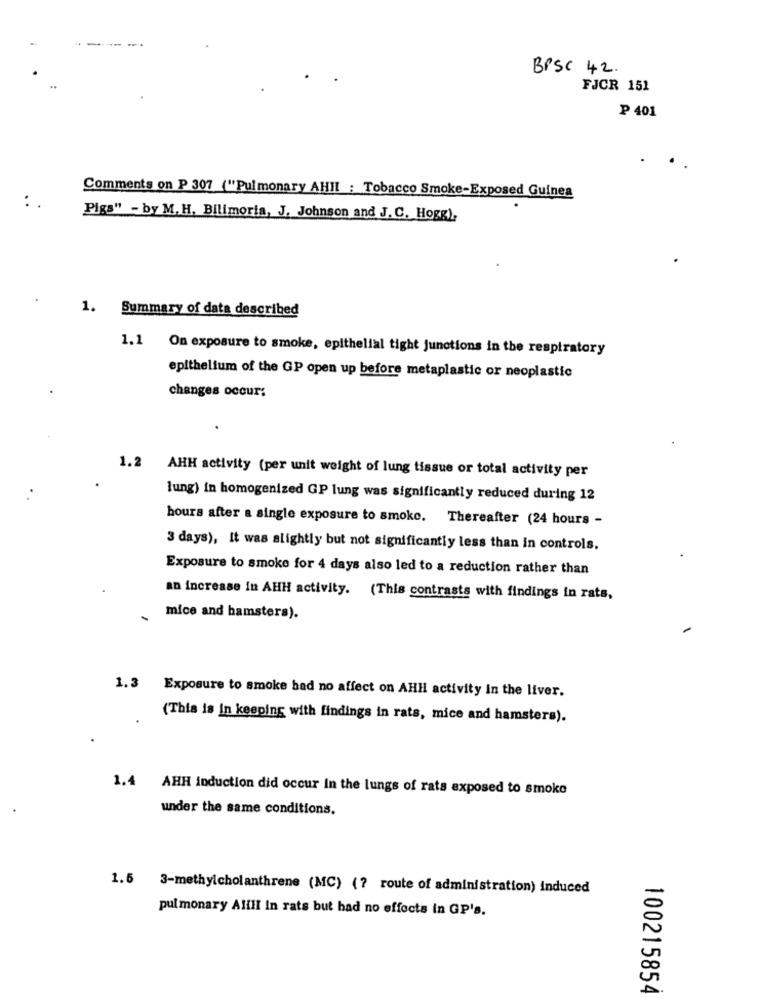
BPSc 42.
FJCR 151
₱ 401
Comments on P 307 ("Pulmonary AHII : Tobacco Smoke-Exposed Guinea
Pigs" - by M. H. Bilimoria, J. Johnson and J.C. Hogg),
1. Summary of data described
1.1 On exposure to smoke, epithelial tight junctions in the respiratory
epithelium of the GP open up before metaplastic or neoplastic
changes occur;
.
1.2
AHH activity (per unit weight of lung tissue or total activity per
lung) in homogenized GP lung was significantly reduced during 12
hours after a single exposure to smoke. Thereafter (24 hours -
3 days), It was alightly but not significantly less than in controls.
Exposure to smoke for 4 days also led to a reduction rather than
an increase in AHH activity. (This contrasts with findings in rats,
mice and hamsters).
1.3 Exposure to smoke had no affect on AHH activity In the liver.
(This is in keeping with findings in rats, mice and hamsters).
1.4
AHH induction did occur In the lungs of rats exposed to smoke
under the same conditions.
1.5 3-methylcholanthrene (MC) (? route of administration) induced
pulmonary Allll In rats but had no effects in GP's.
20
A.
100215854